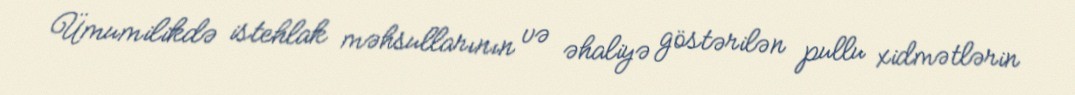
Ümumilikdə istehlak məhsullarının və əhaliyə göstərilən pullu xidmətlərin